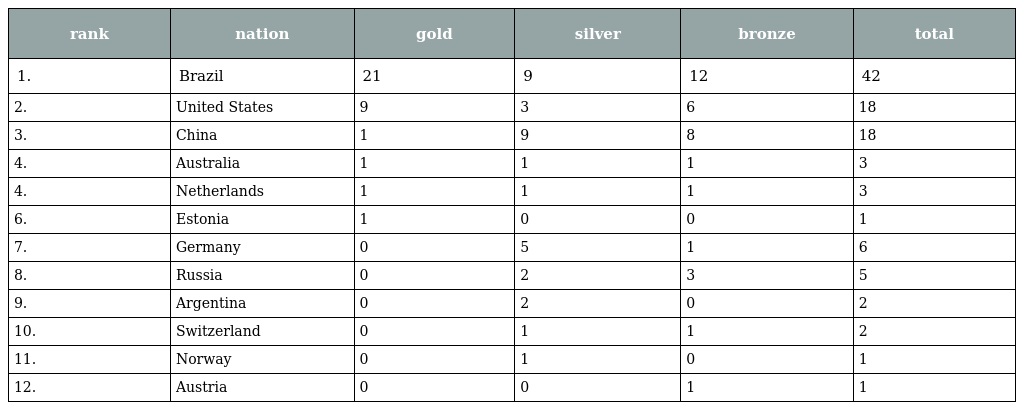
| rank | nation | gold | silver | bronze | total |
 | --- | --- | --- | --- | --- | --- |
 | 1. | Brazil | 21 | 9 | 12 | 42 |
 | 2. | United States | 9 | 3 | 6 | 18 |
 | 3. | China | 1 | 9 | 8 | 18 |
 | 4. | Australia | 1 | 1 | 1 | 3 |
 | 4. | Netherlands | 1 | 1 | 1 | 3 |
 | 6. | Estonia | 1 | 0 | 0 | 1 |
 | 7. | Germany | 0 | 5 | 1 | 6 |
 | 8. | Russia | 0 | 2 | 3 | 5 |
 | 9. | Argentina | 0 | 2 | 0 | 2 |
 | 10. | Switzerland | 0 | 1 | 1 | 2 |
 | 11. | Norway | 0 | 1 | 0 | 1 |
 | 12. | Austria | 0 | 0 | 1 | 1 |